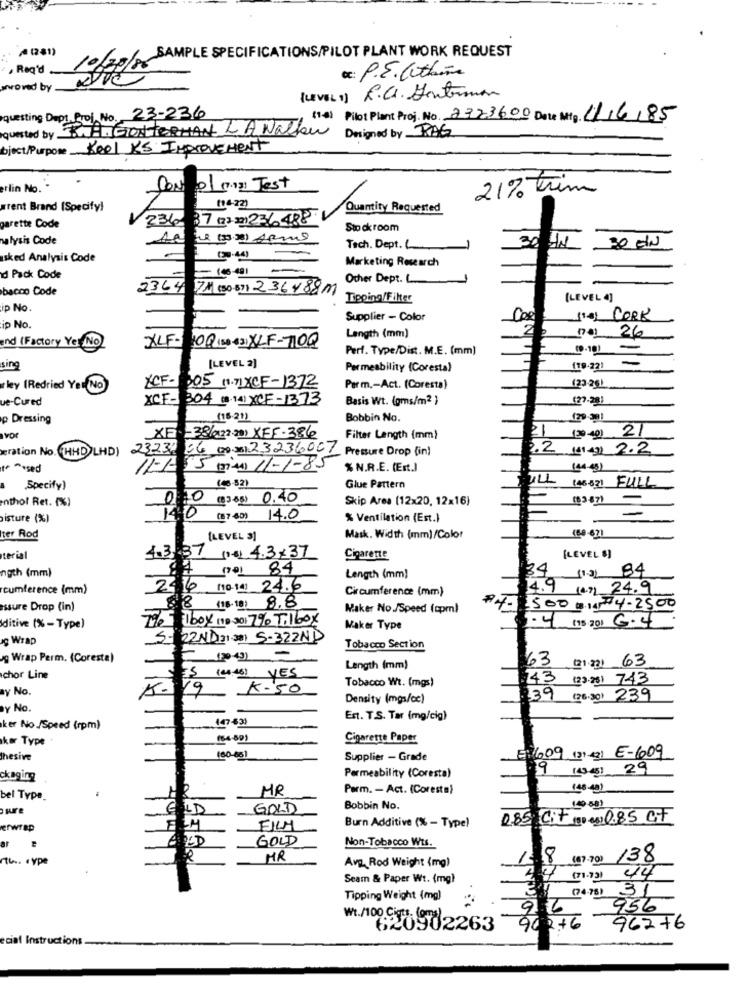
A(281)
10/30/0SAMPLE SPECIFICATIONS/PILOT PLANT WORK REQUEST
, Read
ex: P.E. Within
proved by
(LEVEL1) R.C. Hontoman
questing Dept Proj No. 23-236
(14) Pilot Plant Proj. No. 2373600 Date Mig 11/6/85
quested by CHAGIONTERHAN LA Walken
Designed by RAG
bject/Purpose Keel KS Improvement
erlin No.
CON
01 (7.13) Jest
21% Trim
arent Brand (Specify)
Quantity Requested
236- 37 (23 331 236488
garette Code
Sto ck room
lysis Code
20
Tech. Dept.
30 EN
sked Analysis Code
-
Marketing Research
d Pack Code
Other Dept. L.
bacco Code
2364 71 (30.87) 236488M
Tipping/Filter
(LEVEL 4]
ip No.
Supplier - Color
Cpe
(14] CORK
ip No.
17a) 26
end (Factory Yet No)
Length (mm)
XLF-10Q LD 431 XLF-710Q
Perf. Type/Dist. M.E. (mm)
(0.10)
-
-
sing
[LEVEL 2)
Permeability (Coresta)
(19-221
ley (Redried Yet No
XCF- 305 11.71 XCF-1372
Parm .- Act. (Coresta)
123-26)
ue-Cured
XCF- 304 ( 14) XCF-1373
Basis Wt. (gms/m2 }
(27-28)
p Dressing
(15-21)
Bobbin No.
21
(30-40) 21
Ivor
XF - 38(122-20) XFF-386
Filter Length (mm)
eration No. (HHD)LHD)
23234 56 00 35123236007 Pressure Drop (in)
2.2 141 43) 2.2
esed
11-1- 15 (44) 11-1-85
% N.R.E. (Est.)
(44-63)
ULL
(43-821 FULL
Specify)
(46-52)
Glue Pattern
nthol Ret. (%)
10 (83 68) 0.40
Skip Area (12x20, 12x16)
(83-87)
-
isture (%)
(87 40) 14.0
% Ventilation (Est.)
ter Rod
[LEVEL 3]
Mask. Width (mm)/Color
(88-621
terial
1.3.37 001.4.3+37
Cigarette
[LEVEL 9]
ngth (mm)
(a) 84
34 1101 84
Length (mm)
cumference (mm)
2.6 (10-14) 24.6
Circumference (mm)
14.9
14.91 24.9
assure Drop (in)
88 (18-18) 8.8
Maker No./Speed (cpm)
84- 1500 14 -4-2500
The box 10 01 7% Tilbox
1.4 (15.20) 6.4
ditive (%- Type)
Maker Type
Wrap
5- 22ND 21 3al S-322ND
Tobacco Section
og Wrap Perm. (Coresta)
-
63
(21.231 63
Length (mm)
chor Line
IS 104.201 YES
Tobacco Wt. (mgs)
143
123.25) 743
ay No.
19
K.50
Density (mgs/cc)
39
(26.30) 239
Y No.
Est. T.S. Tar (mg/cig)
ker No./Speed (rpm)
kor Type
16.4 80)
Cigarette Paper
E: 609 (3) 42) E-609
hesive
180-631
Supplier - Grade
19
[43.45] 29
ckaging
Permeability (Coresta)
MR
Perm. - Act. (Coresta)
146-40)
bel Type.
(40 58)
sure
€
LD
GOLD
Bobbin No.
0.85 Cit (3) es) 085 CF
erwrap
FILM
Burn Additive (% - Type)
GOLD
ar
Non-Tobacco Wts.
th. cype
MR
Avg. Rod Weight (mg)
1.8
(1)-70) 138
(71.73) 44
Seam & Paper Wt. (mg)
(04.75) 31
Tipping Weight (mg)
9
956
2+6
W./100.9 982263
90
962+6
ecial Instructions